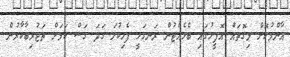
އާންމުކޮށް މިގޮތައް އޮފީހުގައި ބެހެއްޓުން ރަނގަޅީ ފެހިކުލަ ގަދަ ގަސް ކަމަށް ތަޖުރިބާކާރުން